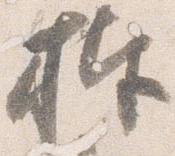
捧